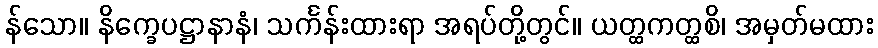
န်သော။ နိက္ခေပဋ္ဌာနာနံ၊ သင်္ကန်းထားရာ အရပ်တို့တွင်။ ယတ္ထကတ္ထစိ၊ အမှတ်မထား